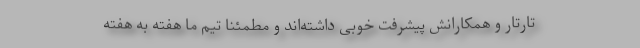
تارتار و همکارانش پیشرفت خوبی داشته‌اند و مطمئنا تیم ما هفته به هفته